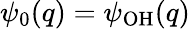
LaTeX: \psi_{0}(q)=\psi_{\mathrm{OH}}(q)